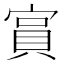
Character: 𫳧